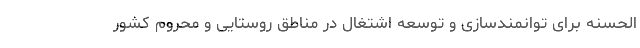
الحسنه برای توانمندسازی و توسعه اشتغال در مناطق روستایی و محروم کشور